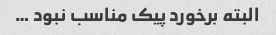
البته برخورد پیک مناسب نبود …